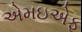
એમઇએફ